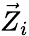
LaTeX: {\vec{Z}}_{i}